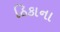
ઠિકાના